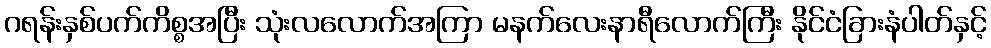
ဂရန်းနှစ်ပက်ကိစ္စအပြီး သုံးလလောက်အကြာ မနက်လေးနာရီလောက်ကြီး နိုင်ငံခြားနံပါတ်နှင့်